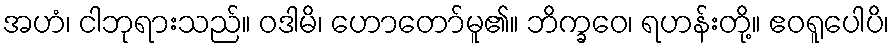
အဟံ၊ ငါဘုရားသည်။ ဝဒါမိ၊ ဟောတော်မူ၏။ ဘိက္ခဝေ၊ ရဟန်းတို့။ ဧဝရူပေါပိ၊